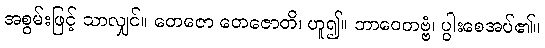
အစွမ်းဖြင့် သာလျှင်။ တေဇော တေဇောတိ၊ ဟူ၍။ ဘာဝေတဗ္ဗံ၊ ပွါးစေအပ်၏။